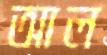
আল